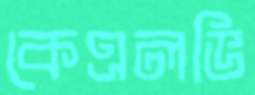
কেএলভি